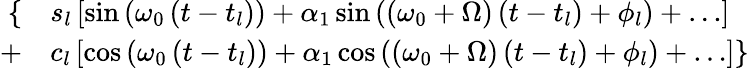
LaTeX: \begin{array}{rl}{\{ }&{{}s_{l}\left[\sin\left(\omega_{0}\left(t-t_{l}\right)\right)+\alpha_{1}\sin\left((\omega_{0}+\Omega)\left(t-t_{l}\right)+\phi_{l}\right)+\ldots\right]}\\ {+}&{{}c_{l}\left[\cos\left(\omega_{0}\left(t-t_{l}\right)\right)+\alpha_{1}\cos\left((\omega_{0}+\Omega)\left(t-t_{l}\right)+\phi_{l}\right)+\ldots\right]\} }\end{array}